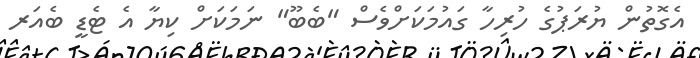
އެގޮތުން ޔުރަޕުގެ ހުރިހާ ގައުމަކަށްވެސް "ބެބޫ" ނަމަކަށް ކިޔާ އެ ޓެޑީ ބެއަރ